system: You are a helpful assistant.
user:
Analyze the provided spectrum to determine if it is a **White Dwarf (WD)**.

A White Dwarf spectrum is defined by its **extreme purity** (due to gravitational settling) and/or **extreme pressure broadening** (due to high surface gravity). You must check for one of the following mutually exclusive signatures:

- **Key Visual Indicators (Check for ONE of these types):**

    - **1. DA-Type Signature (Most Common):**
        - **(Primary Feature):** Extreme pressure broadening (Stark broadening) of the **Hydrogen (H) Balmer lines**.
        - **(Key Lines):** $H\beta$ (approx. $4861$ Å) and $H\gamma$ (approx. $4340$ Å). $H\alpha$ (approx. $6563$ Å) will also be present if the wavelength range covers it.
        - **(Line Profile):** This is the **defining feature**. The lines are **NOT** sharp. They appear as massive, **extremely broad and deep "troughs" or "dips"** in the spectrum, often hundreds of Ångströms wide. The continuum will appear to "scoop" down at these wavelengths.
        - **(Distinction):** Normal A-type or B-type stars have *narrow* and *sharp* Hydrogen lines. A DA White Dwarf's lines are unmistakably "smeared" or "blurry" from pressure.

    - **2. DB-Type Signature:**
        - **(Primary Feature):** Broad absorption lines from **Neutral Helium (He I)**. The spectrum must lack any visible Hydrogen lines.
        - **(Key Lines):** Look for broad absorption near $4471$ Å, $4921$ Å, and $5876$ Å.
        - **(Line Profile):** These lines are also significantly pressure-broadened, appearing much wider than they would in a normal B-type main-sequence star.

    - **3. DC-Type Signature:**
        - **(Primary Feature):** A **featureless continuous spectrum**.
        - **(Line Profile):** The spectrum is a smooth curve with **no significant absorption or emission lines**.
        - **(Key Confirmation):** The continuum is almost always **blue or white**, indicating a hot object. This signature implies the atmosphere is so pure (or so cool) that no spectral lines are visible in the optical range. Its WD identity is confirmed by its extremely low intrinsic brightness (high absolute magnitude).

    - **4. DZ-Type Signature (Metal-Polluted):**
        - **(Primary Feature):** **Isolated, narrow metal absorption lines** on an otherwise featureless (DC-like) continuum.
        - **(Key Lines):** The **Calcium (Ca II) H & K doublet** (approx. **$3934$ Å** and **$3968$ Å**) is the most common and defining feature.
        - **(Line Profile):** These lines are "out of place." They are *not* part of a "forest" of thousands of lines. This signature is evidence of recent *accretion* (pollution) from rocky debris.
        - **(Distinction):** Normal G/K/M stars have a *dense forest* of thousands of metal lines. A DZ has a *clean* continuum with *only a few* strong metal lines.

    - **5. DQ-Type Signature (Carbon-Polluted):**
        - **(Primary Feature):** Absorption bands from **Carbon (C₂ "Swan Bands" or atomic C I)**.
        - **(Key Lines - C₂):** Look for bandheads with a "saw-tooth" shape near $5635$ Å, **$5165$ Å** (strongest), and $4737$ Å.
        - **(Key Confirmation):** The underlying **continuum must be blue or white** (hot).
        - **(Distinction):** This is the critical difference from a **Carbon Star**, which has the *exact same* C₂ bands but on an extremely **red, cool** continuum.

- **(Overall Spectrum):**
    - The continuum (overall shape) is typically **blue-sloping** (brighter in the blue than the red), as most white dwarfs are very hot.
    - The spectrum will look "pure" or "simple," dominated by only *one* of the five signatures listed above.

Think first, call **spectral_visualization_tool** if needed to examine features in detail, then provide your final answer. Your response must adhere to the following strict rules:
1.  **Overall Structure:** Your response must follow the format `<think>...</think> <tool_call>...</tool_call> (if a tool is used) <answer>...</answer>`.
2.  **Tool Usage Constraint:** You may only make **one** tool call per turn.
3.  **Final Answer Format:** In the `<answer>` tag, your conclusion must be inside a `\boxed{}` command (e.g., `\boxed{YES}` or `\boxed{NO}`), followed by your justification.

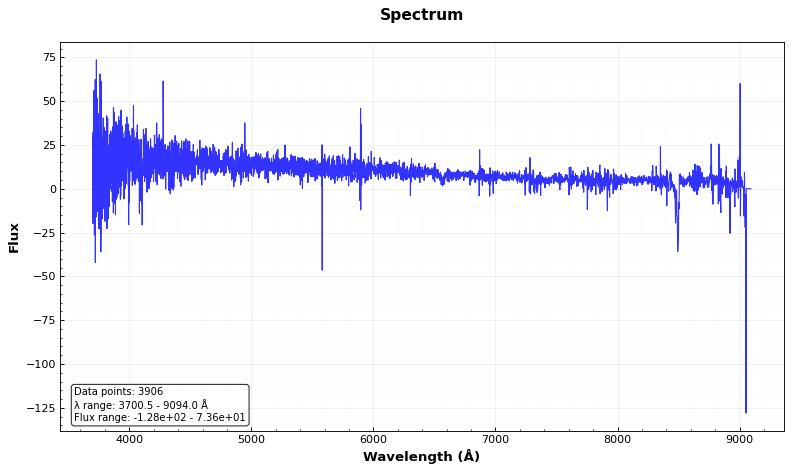
Answer: YES